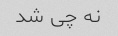
نه چی شد